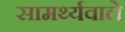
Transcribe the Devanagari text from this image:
सामर्थ्यवाले